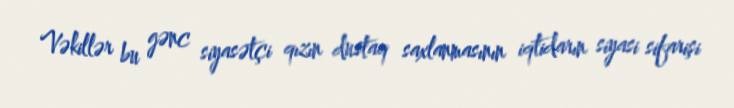
Vəkillər bu gənc siyasətçi qızın dustaq saxlanmasının iqtidarın siyasi sifarişi